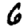
Digit: 6